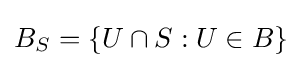
B_{S}=\{U\cap S:U\in B\}